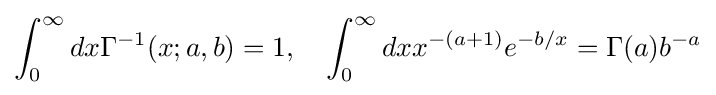
\int _{0}^{\infty }dx\Gamma ^{-1}(x;a,b)=1,\quad \int _{0}^{\infty }dxx^{-(a+1)}e^{-b/x}=\Gamma (a)b^{-a}